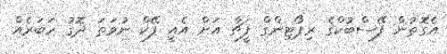
އެގޮތުން ފޭސްބުކްގެ ރިޕޯޓިންގް ފީޗާ އަށް އެއީ ފޭކް ނުވަތަ ދޮގު ހަބަރެއް